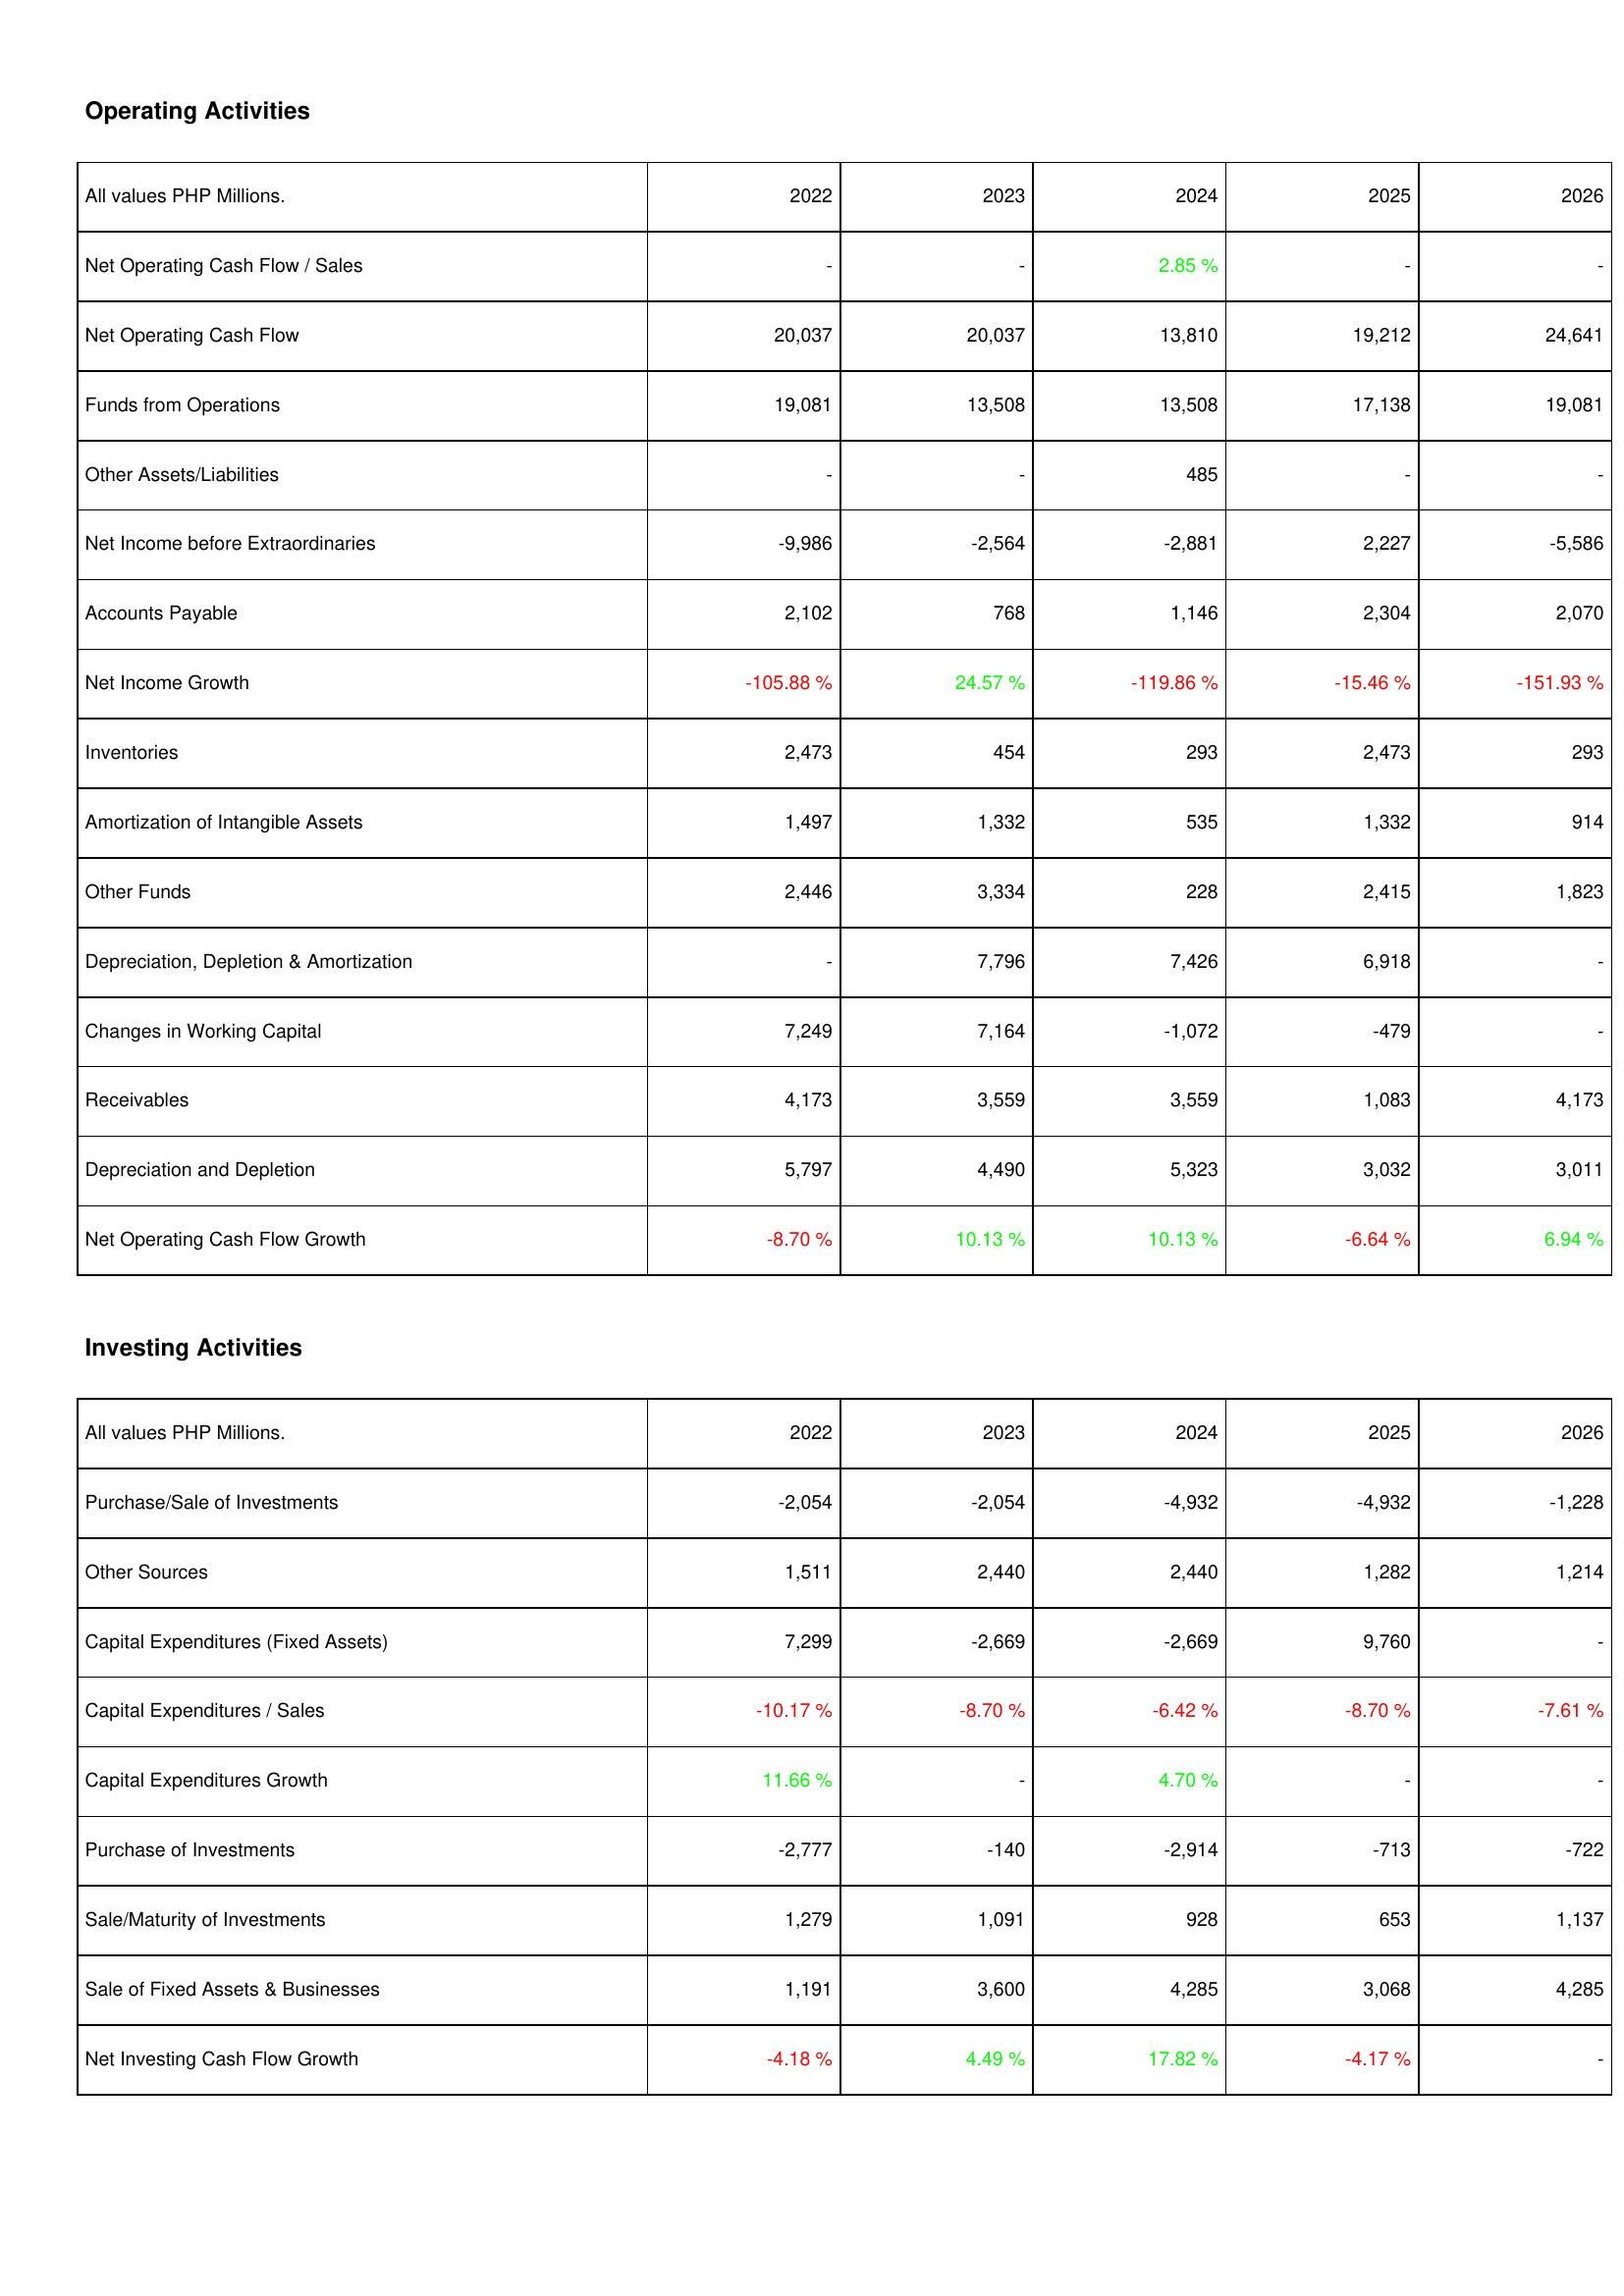
2022: Operating Activities: Net Operating Cash Flow / Sales: -
Net Operating Cash Flow: 20,037
Funds from Operations: 19,081
Other Assets/Liabilities: -
Net Income before Extraordinaries: -9,986
Accounts Payable: 2,102
Net Income Growth: -105.88 %
Inventories: 2,473
Amortization of Intangible Assets: 1,497
Other Funds: 2,446
Depreciation, Depletion & Amortization: -
Changes in Working Capital: 7,249
Receivables: 4,173
Depreciation and Depletion: 5,797
Net Operating Cash Flow Growth: -8.70 %
Investing Activities: Purchase/Sale of Investments: -2,054
Other Sources: 1,511
Capital Expenditures (Fixed Assets): 7,299
Capital Expenditures / Sales: -10.17 %
Capital Expenditures Growth: 11.66 %
Purchase of Investments: -2,777
Sale/Maturity of Investments: 1,279
Sale of Fixed Assets & Businesses: 1,191
Net Investing Cash Flow Growth: -4.18 %
2023: Operating Activities: Net Operating Cash Flow / Sales: -
Net Operating Cash Flow: 20,037
Funds from Operations: 13,508
Other Assets/Liabilities: -
Net Income before Extraordinaries: -2,564
Accounts Payable: 768
Net Income Growth: 24.57 %
Inventories: 454
Amortization of Intangible Assets: 1,332
Other Funds: 3,334
Depreciation, Depletion & Amortization: 7,796
Changes in Working Capital: 7,164
Receivables: 3,559
Depreciation and Depletion: 4,490
Net Operating Cash Flow Growth: 10.13 %
Investing Activities: Purchase/Sale of Investments: -2,054
Other Sources: 2,440
Capital Expenditures (Fixed Assets): -2,669
Capital Expenditures / Sales: -8.70 %
Capital Expenditures Growth: -
Purchase of Investments: -140
Sale/Maturity of Investments: 1,091
Sale of Fixed Assets & Businesses: 3,600
Net Investing Cash Flow Growth: 4.49 %
2024: Operating Activities: Net Operating Cash Flow / Sales: 2.85 %
Net Operating Cash Flow: 13,810
Funds from Operations: 13,508
Other Assets/Liabilities: 485
Net Income before Extraordinaries: -2,881
Accounts Payable: 1,146
Net Income Growth: -119.86 %
Inventories: 293
Amortization of Intangible Assets: 535
Other Funds: 228
Depreciation, Depletion & Amortization: 7,426
Changes in Working Capital: -1,072
Receivables: 3,559
Depreciation and Depletion: 5,323
Net Operating Cash Flow Growth: 10.13 %
Investing Activities: Purchase/Sale of Investments: -4,932
Other Sources: 2,440
Capital Expenditures (Fixed Assets): -2,669
Capital Expenditures / Sales: -6.42 %
Capital Expenditures Growth: 4.70 %
Purchase of Investments: -2,914
Sale/Maturity of Investments: 928
Sale of Fixed Assets & Businesses: 4,285
Net Investing Cash Flow Growth: 17.82 %
2025: Operating Activities: Net Operating Cash Flow / Sales: -
Net Operating Cash Flow: 19,212
Funds from Operations: 17,138
Other Assets/Liabilities: -
Net Income before Extraordinaries: 2,227
Accounts Payable: 2,304
Net Income Growth: -15.46 %
Inventories: 2,473
Amortization of Intangible Assets: 1,332
Other Funds: 2,415
Depreciation, Depletion & Amortization: 6,918
Changes in Working Capital: -479
Receivables: 1,083
Depreciation and Depletion: 3,032
Net Operating Cash Flow Growth: -6.64 %
Investing Activities: Purchase/Sale of Investments: -4,932
Other Sources: 1,282
Capital Expenditures (Fixed Assets): 9,760
Capital Expenditures / Sales: -8.70 %
Capital Expenditures Growth: -
Purchase of Investments: -713
Sale/Maturity of Investments: 653
Sale of Fixed Assets & Businesses: 3,068
Net Investing Cash Flow Growth: -4.17 %
2026: Operating Activities: Net Operating Cash Flow / Sales: -
Net Operating Cash Flow: 24,641
Funds from Operations: 19,081
Other Assets/Liabilities: -
Net Income before Extraordinaries: -5,586
Accounts Payable: 2,070
Net Income Growth: -151.93 %
Inventories: 293
Amortization of Intangible Assets: 914
Other Funds: 1,823
Depreciation, Depletion & Amortization: -
Changes in Working Capital: -
Receivables: 4,173
Depreciation and Depletion: 3,011
Net Operating Cash Flow Growth: 6.94 %
Investing Activities: Purchase/Sale of Investments: -1,228
Other Sources: 1,214
Capital Expenditures (Fixed Assets): -
Capital Expenditures / Sales: -7.61 %
Capital Expenditures Growth: -
Purchase of Investments: -722
Sale/Maturity of Investments: 1,137
Sale of Fixed Assets & Businesses: 4,285
Net Investing Cash Flow Growth: -